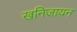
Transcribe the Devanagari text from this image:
खनिजायन